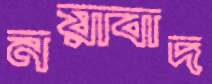
নয়াবাদ